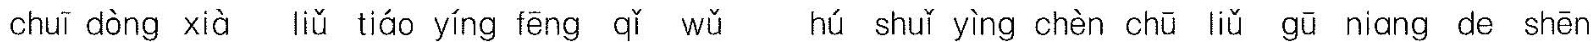
chuī dòng xià liǔ tiáo yíng fēng qǐ wǔ hú shuǐ yìng chèn chū liǔ gū niáng de shēn